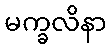
မက္ခလိနာ